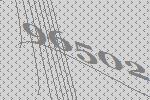
96502